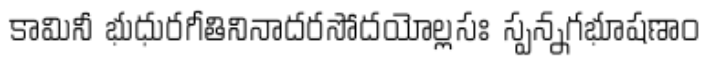
కామినీ భుధురగీతినినాదరసోదయోల్లసః స్పన్నగభూషణాం